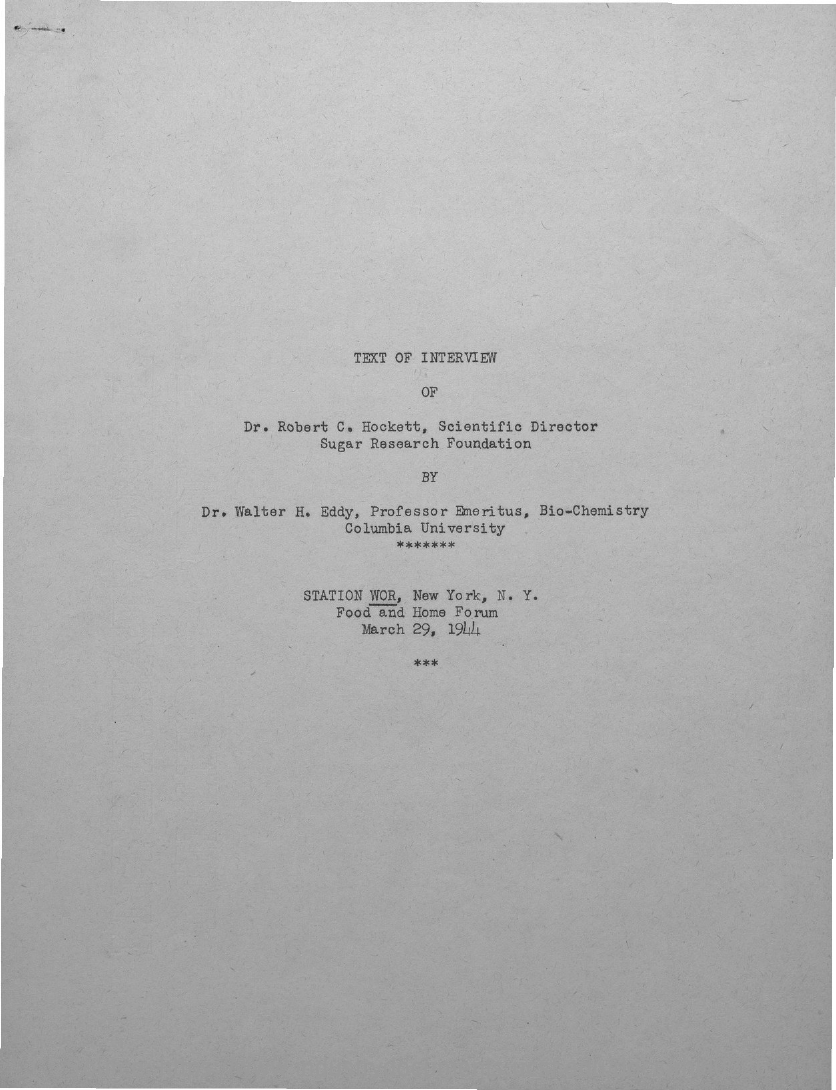
TEXT OF INTERVIEW
     OF
     Dr. Robert C. Hockett, Scientific Director
     Sugar Research Foundation
     BY
     Dr. Walter H. Eddy, Professor Emeritus, Bio-Chemistry
     Columbia University
     *******
     STATION WOR, New York, N. Y.
     Food and Home Forum
     March 29, 1944
     Source: https://www.industrydocuments.ucsf.edu/docs/rhkl0226